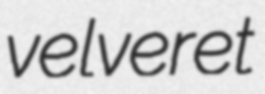
velveret